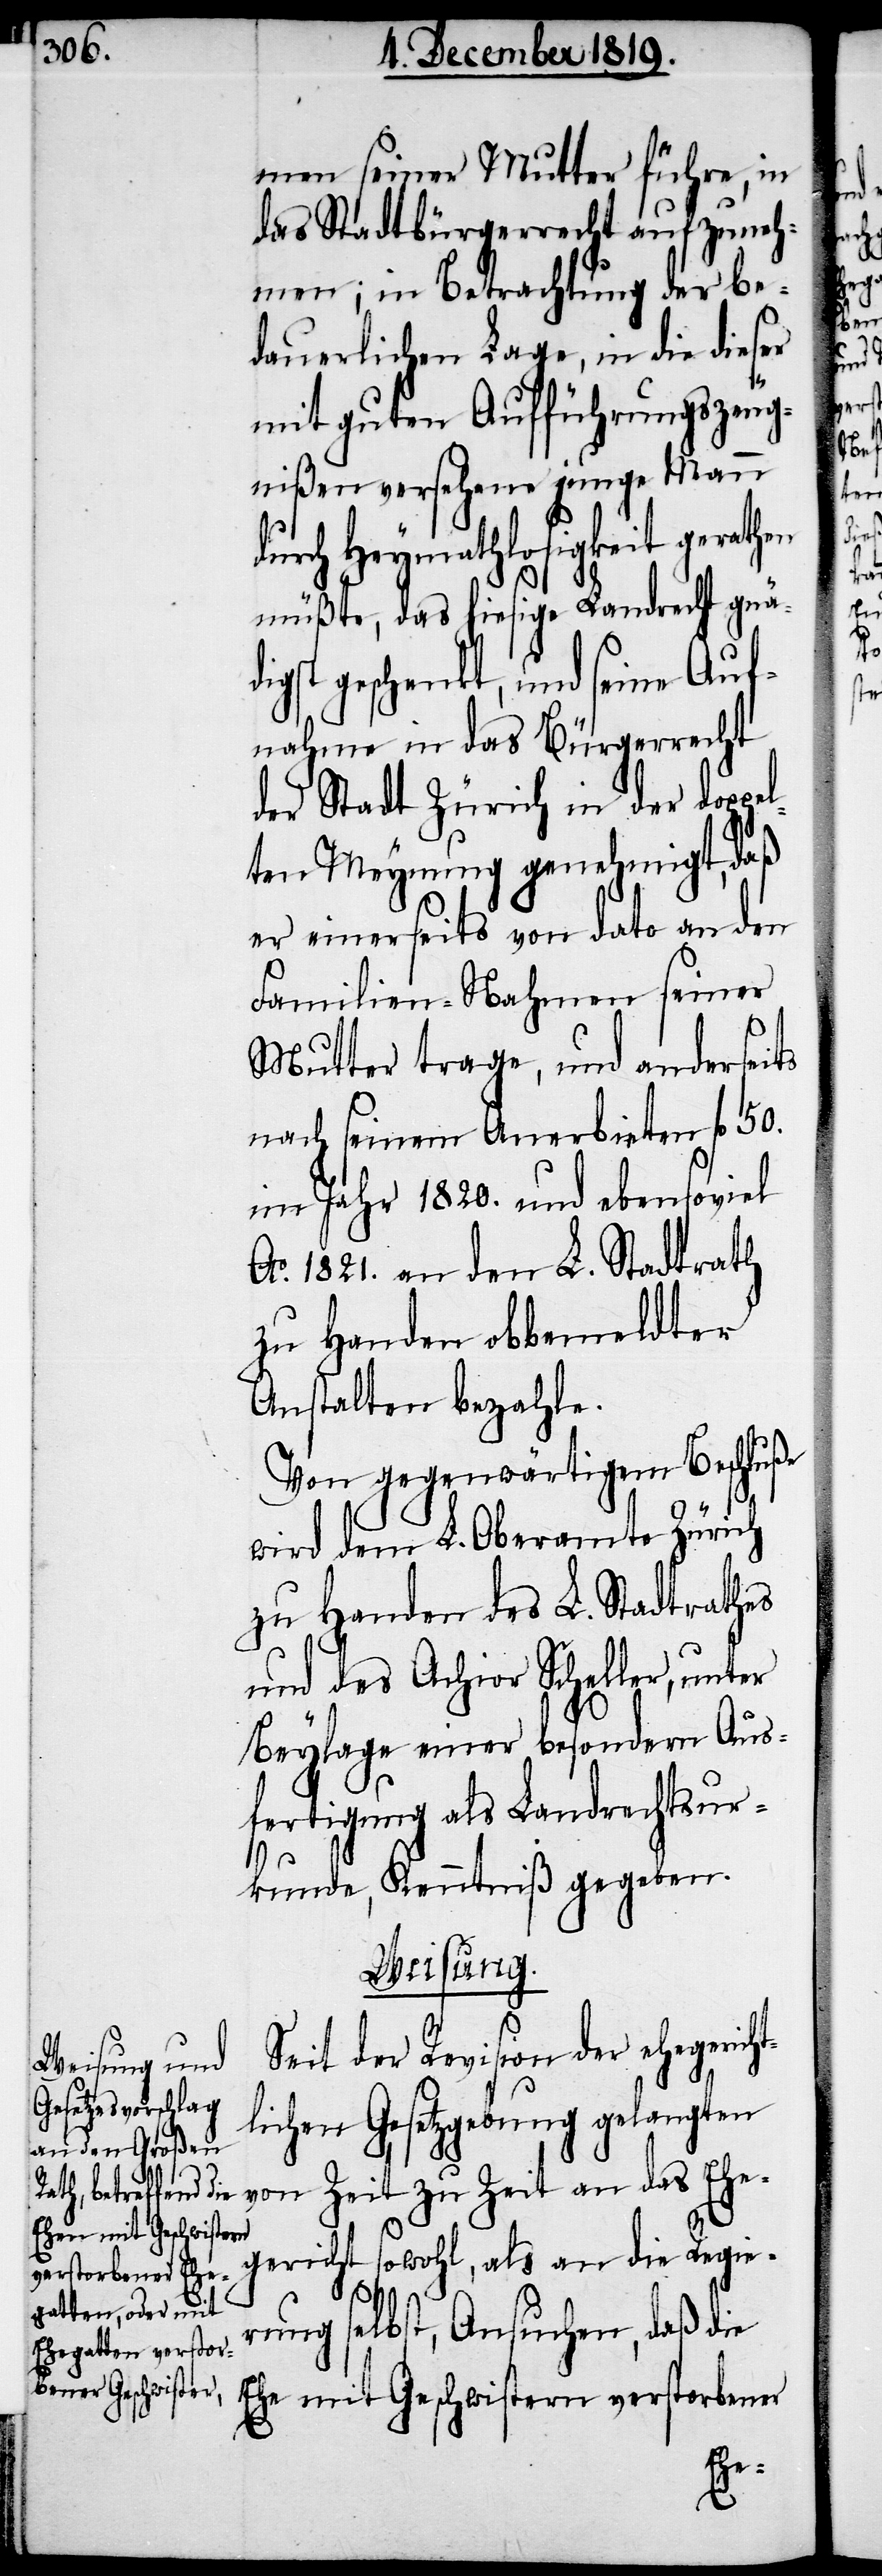
men seiner Mutter führe, in
das Stadtbürgerrecht aufzuneh¬
men; in Betrachtung der be¬
dauerlichen Lage, in die dieser
mit guten Aufführungszeug¬
nißen versehene junge Mann
urch Heymathlosigkeit gerathen
müßte, das hiesige Landrecht gnä¬
digst geschenkt, und seine Auf¬
nahme in das Bürgerrecht
der Stadt Zürich in der doppe¬
lten Meynung genehmigt, daß
er einerseits von dato an den
Familien-Nahmen seiner
Mutter trage, und anderseits
nach seinem Anerbieten fl. 50.
im Jahr 1820. und ebensoviel
Ao. 1821. an den L. Stadtrath
zu Handen obbemeldter
Anstalten bezahle.
Von gegenwärtigem Beschluße
wird dem L. Oberamte Zürich
zu Handen des L. Stadtrathes
und des Achior Scheller, unter
Beylage einer besondern Aus¬
fertigung als Landrechtsur¬
kunde, Kenntniß gegeben.
ung.
Weis¬
Seit der Revision der ehegerich¬
tlichen Gesetzgebung gelangten
von Zeit zu Zeit an das Ehe¬
gericht sowohl, als an die Regie¬
rung selbst, Ansuchen, daß die
Ehe mit Geschwistern verstorbener